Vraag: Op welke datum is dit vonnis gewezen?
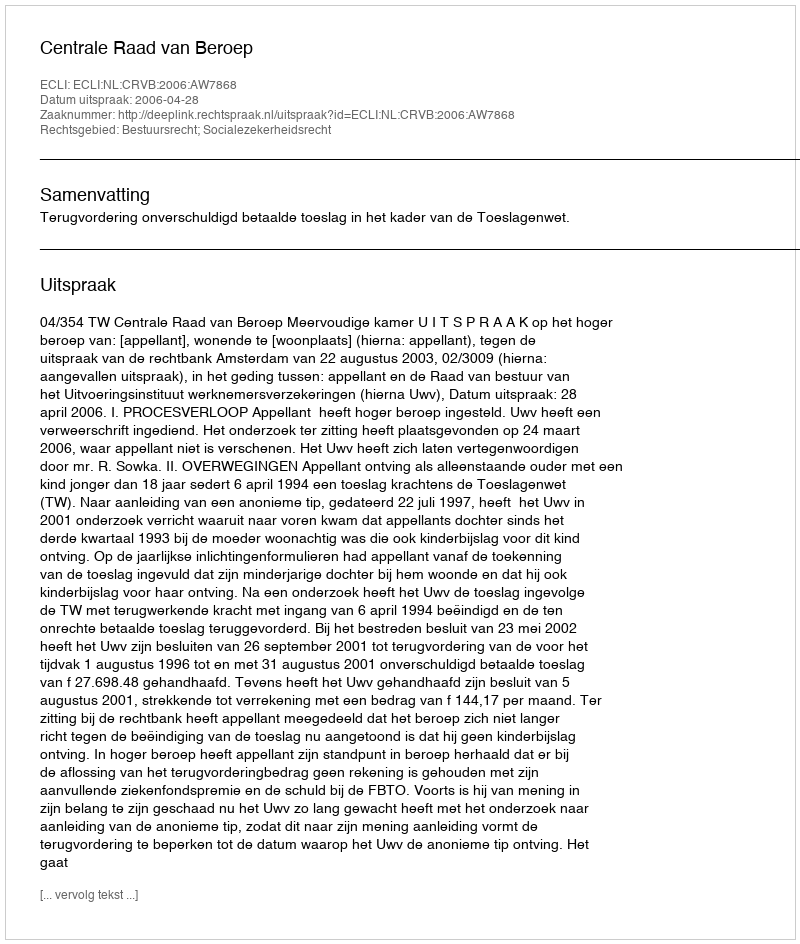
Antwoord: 2006-04-28